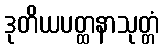
ဒုတိယပတ္ထနာသုတ္တံ